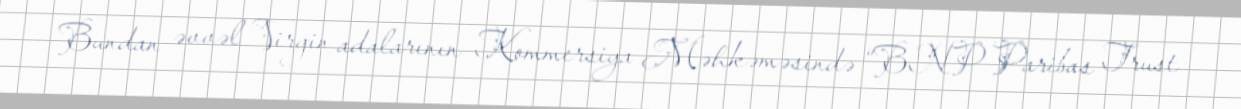
Bundan əvvəl Virgin adalarının Kommersiya Məhkəməsində “BNP Paribas Trust